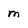
Character: m